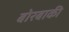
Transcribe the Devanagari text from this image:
बोरबाकी